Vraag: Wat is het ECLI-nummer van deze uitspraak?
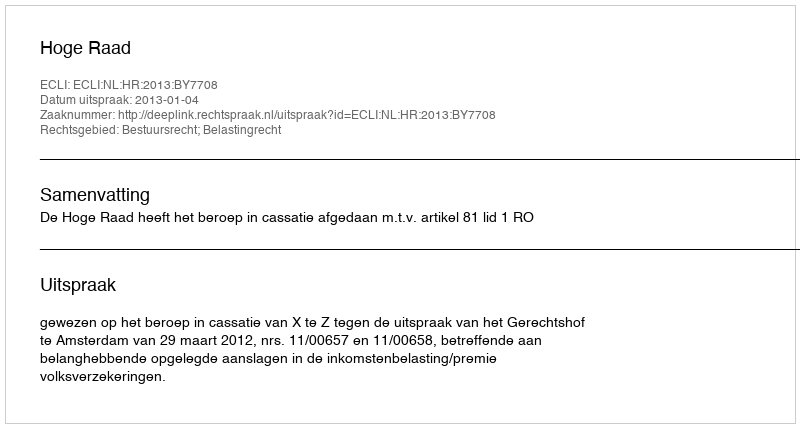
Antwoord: ECLI:NL:HR:2013:BY7708